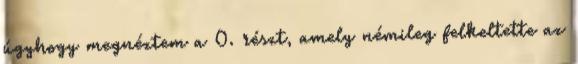
úgyhogy megnéztem a 0. részt, amely némileg felkeltette az